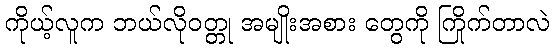
ကိုယ့်လူက ဘယ်လိုဝတ္တု အမျိုးအစား တွေကို ကြိုက်တာလဲ